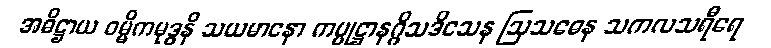
အဓိဋ္ဌာယ ဝမ္မိကမုဒ္ဓနိ သယမာနော ကပ္ပုဋ္ဌာနဂ္ဂိသဒိသေန ဩသဓေန သကလသရီရေ